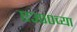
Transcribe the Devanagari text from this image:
ए३००च्या